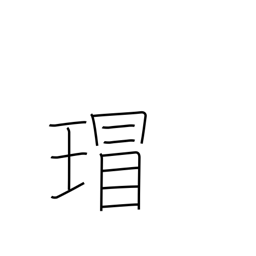
Meaning: ancient Chinese imperial jewels